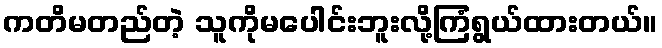
ကတိမတည်တဲ့ သူကိုမပေါင်းဘူးလို့ကြံရွယ်ထားတယ်။